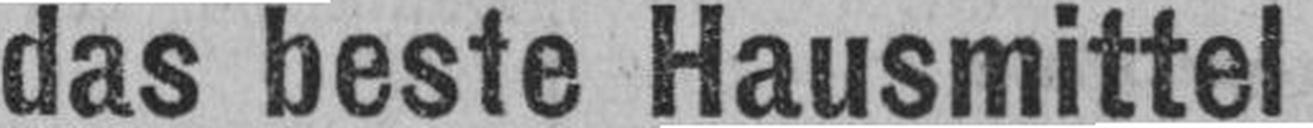
das beste Hausmittel